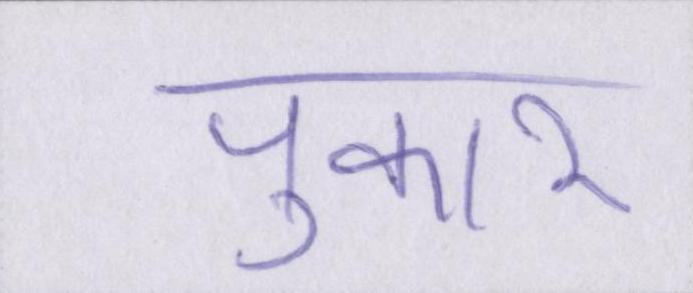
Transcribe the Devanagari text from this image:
पुकार